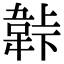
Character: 𬰬